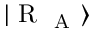
| \mathrm { ~ R ~ } _ { \mathrm { ~ A ~ } } \rangle